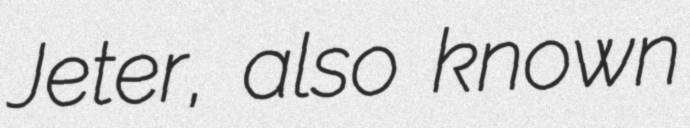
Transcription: Jeter, also known